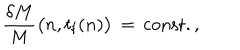
{ \frac { \delta M } { M } } \bigl ( n , t _ { \mathrm { f } } ( n ) \bigr ) \, = \, \mathrm { c o n s t . } \, ,